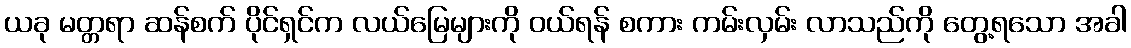
ယခု မတ္တရာ ဆန်စက် ပိုင်ရှင်က လယ်မြေများကို ဝယ်ရန် စကား ကမ်းလှမ်း လာသည်ကို တွေ့ရသော အခါ